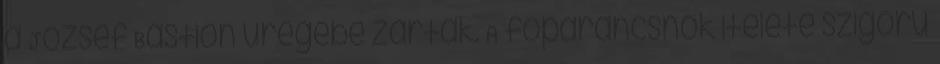
a József Bastion üregébe zárták. A főparancsnok itélete szigorú